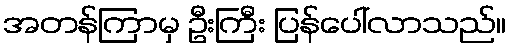
အတန်ကြာမှ ဦးကြီး ပြန်ပေါ်လာသည်။